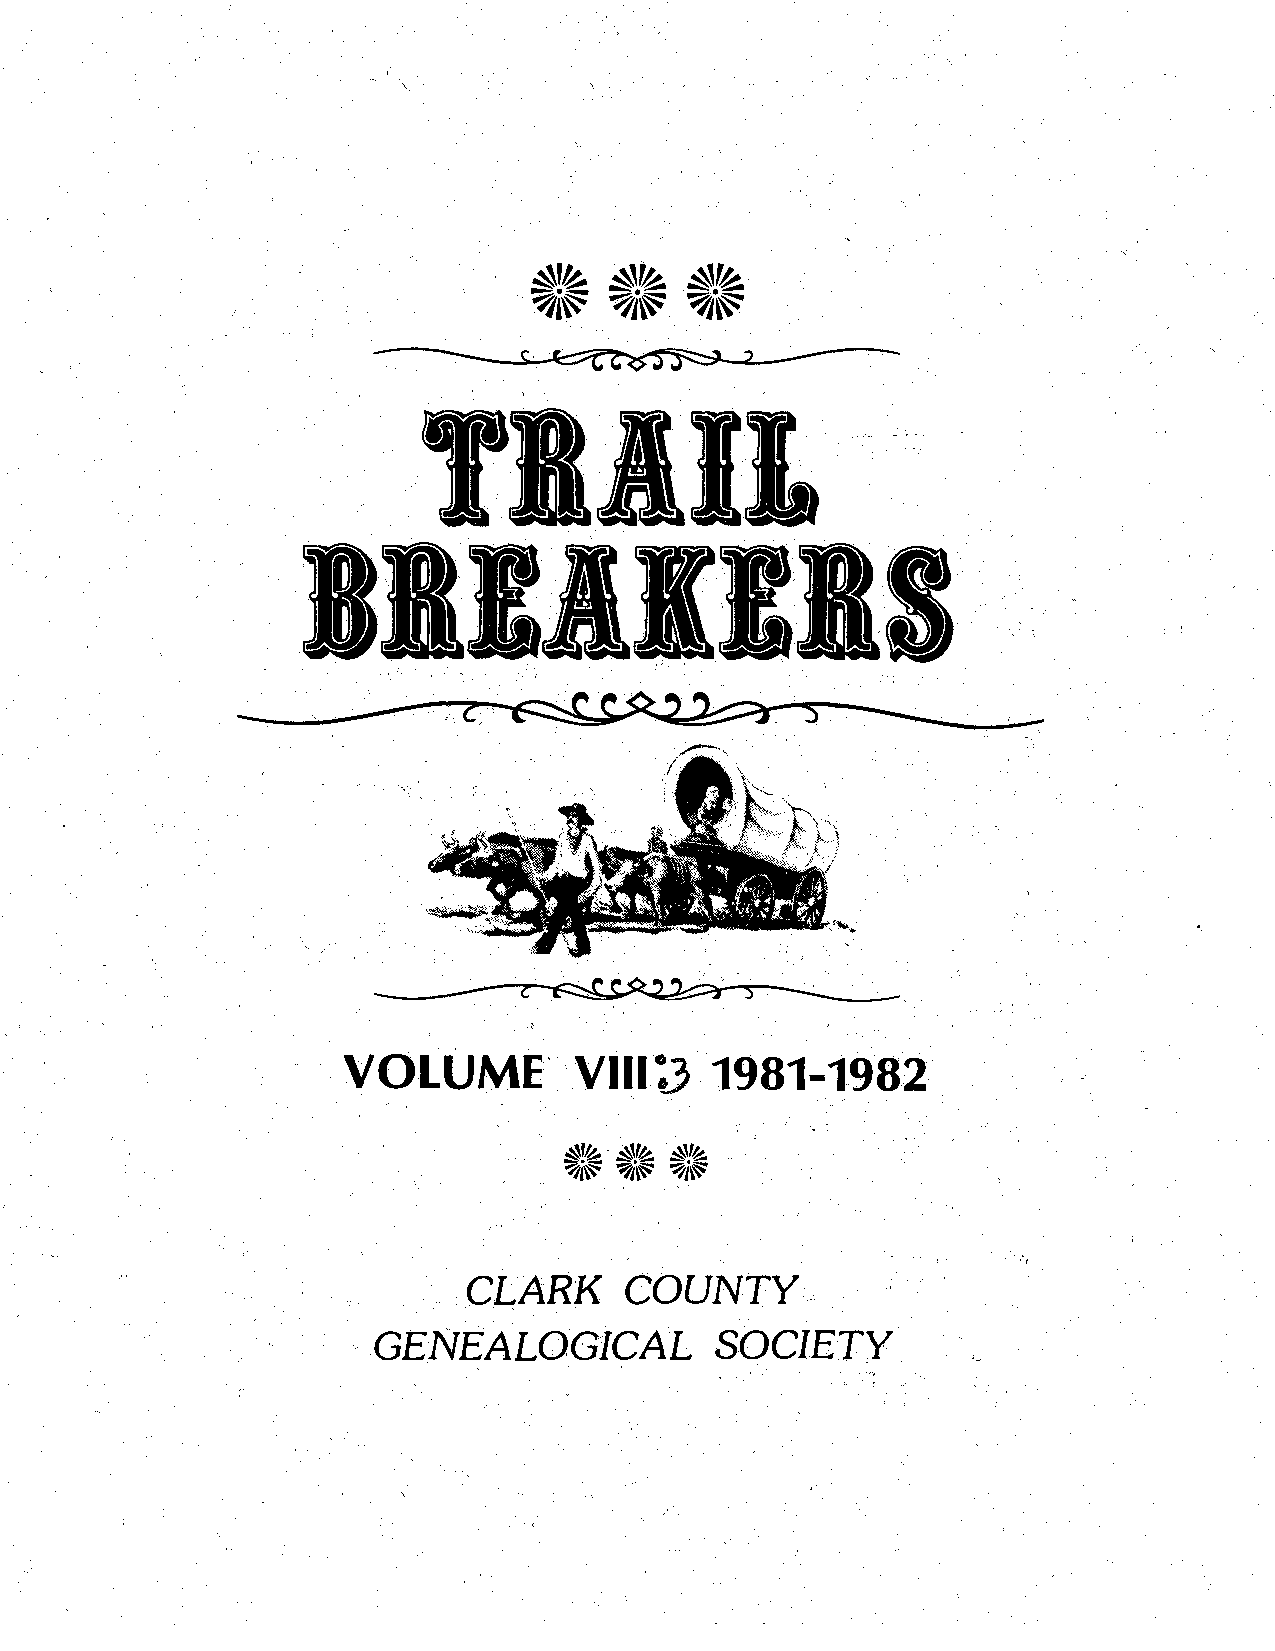
TIIIJ.
 11111118
 VOLUME'        VIII~•   1981-1982
 . CLARK    COUNTY
 GENEALOGICAL          SOCIETY
 .. ,